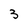
Character: 3